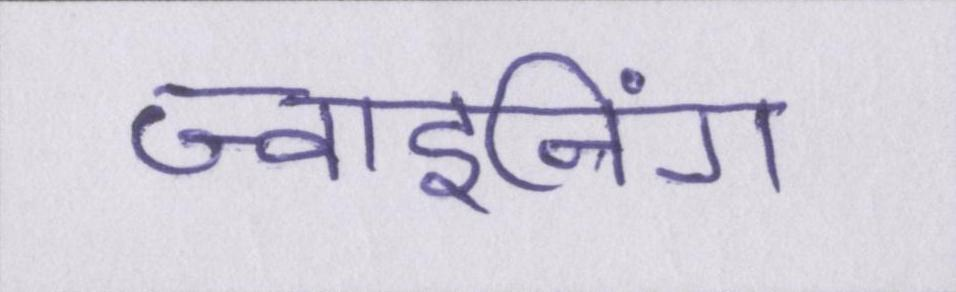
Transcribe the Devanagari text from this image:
ज्वाइनिंग